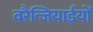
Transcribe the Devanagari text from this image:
वरैन्जियाईयों